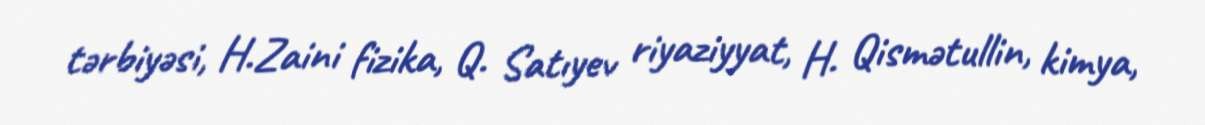
tərbiyəsi, H.Zaini fizika, Q. Satıyev riyaziyyat, H. Qismətullin, kimya,